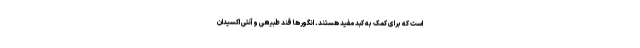
است که برای کمک به کبد مفید هستند. انگورها قند طبیعی و آنتی اکسیدان